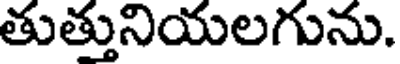
తుత్తునియలగును.